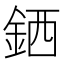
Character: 𲇊